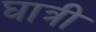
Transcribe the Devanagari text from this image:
घात्री